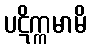
ပဋိက္ကမာမိ